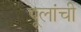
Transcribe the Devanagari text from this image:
पूलांची